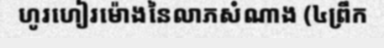
ហូរហៀរម៉ោងនៃលាភសំណាង (៤ព្រឹក